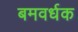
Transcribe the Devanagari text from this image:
बमवर्धक